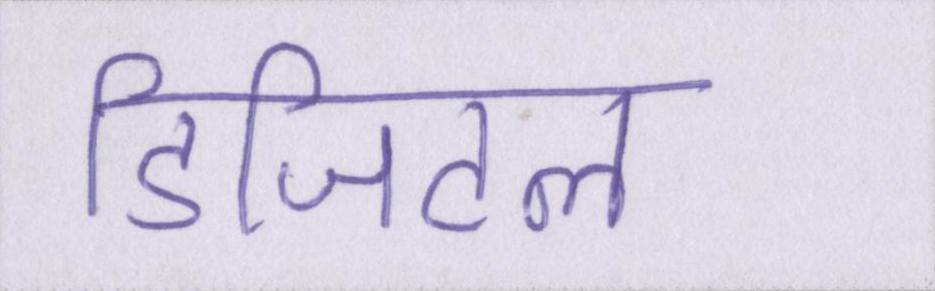
डिजिटल